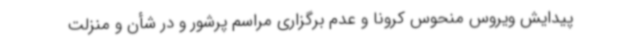
پیدایش ویروس منحوس کرونا و عدم برگزاری مراسم پرشور و در شأن و منزلت